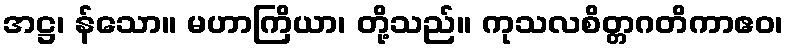
အဋ္ဌ၊ န်သော။ မဟာကြိယာ၊ တို့သည်။ ကုသလစိတ္တဂတိကာဧဝ၊